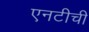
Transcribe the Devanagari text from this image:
एनटीची